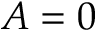
A = 0